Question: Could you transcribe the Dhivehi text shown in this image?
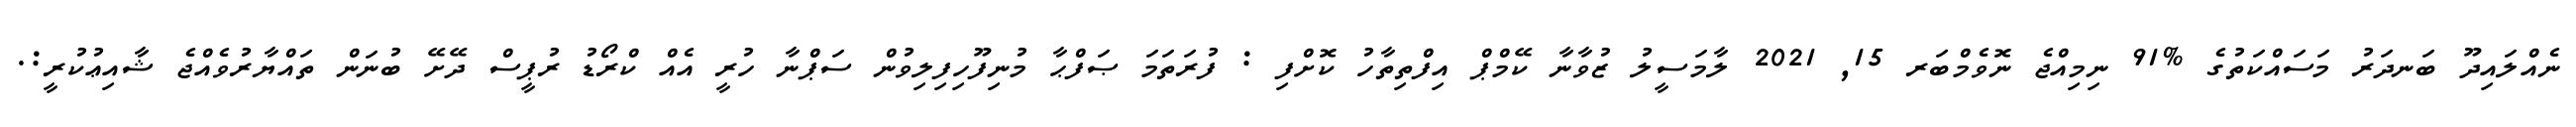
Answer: ނެއްލައިދޫ ބަނދަރު މަސައްކަތުގެ %91 ނިމިއްޖެ ނޮވެމްބަރ 15, 2021 ލާމަސީލު ޒުވާނާ ކޭމްޕް އިފްތިތާހު ކޮށްފި : ފުރަތަމަ ޞަފްޙާ މުނިފޫހިފިލިވުން ސަޕްނާ ހުރީ އެއް ކްރޯޑު ރުޕީސް ދޭށޭ ބުނަން ތައްޔާރުވެއްޖެ ޝާއިޢުކުރީ:.